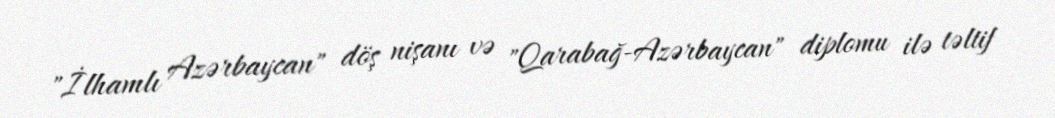
"İlhamlı Azərbaycan" döş nişanı və "Qarabağ-Azərbaycan" diplomu ilə təltif